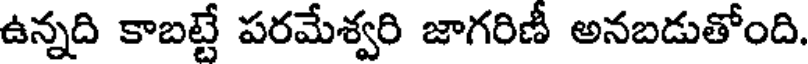
ఉన్నది కాబట్టే పరమేశ్వరి జాగరిణీ అనబడుతోంది.